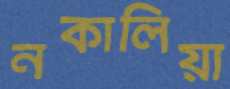
নকালিয়া